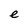
Character: e